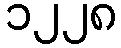
၁၂၂၈